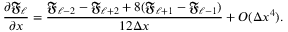
\frac { \partial \mathfrak { F _ { \ell } } } { \partial x } = \frac { \mathfrak { F _ { \ell - 2 } } - \mathfrak { F _ { \ell + 2 } } + 8 ( \mathfrak { F _ { \ell + 1 } } - \mathfrak { F _ { \ell - 1 } } ) } { 1 2 \Delta x } + O ( \Delta x ^ { 4 } ) .